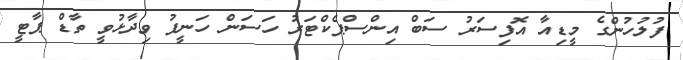
ފުލުހުންގެ މީޑިއާ އޮފިސަރު ސަބް އިންސްޕެކްޓަރު ހަސަން ހަނީފު ވިދާޅުވީ ތާޑް ޕާޓީ